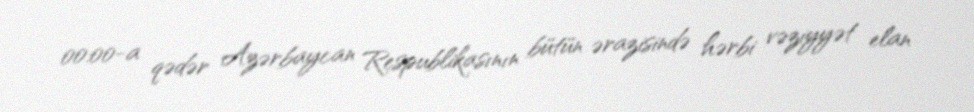
00:00-a qədər Azərbaycan Respublikasının bütün ərazisində hərbi vəziyyət elan